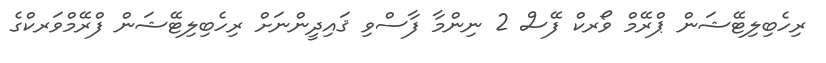
ރިހެބިލިޓޭޝަން ޕްރޭމް ވޯރކް ފޭސް 2 ނިންމާ ފާސްވި ޤައިދީންނަށް ރިހެބިލިޓޭޝަން ފްރޭމްވަރކްގެ